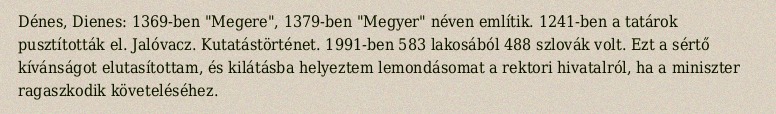
Dénes, Dienes: 1369-ben "Megere", 1379-ben "Megyer" néven említik. 1241-ben a tatárok pusztították el. Jalóvacz. Kutatástörténet. 1991-ben 583 lakosából 488 szlovák volt. Ezt a sértő kívánságot elutasítottam, és kilátásba helyeztem lemondásomat a rektori hivatalról, ha a miniszter ragaszkodik követeléséhez.